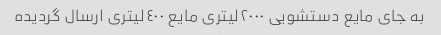
به جاى مایع دستشویى ٢٠٠٠لیترى مایع ٤٠٠لیترى ارسال گردیده